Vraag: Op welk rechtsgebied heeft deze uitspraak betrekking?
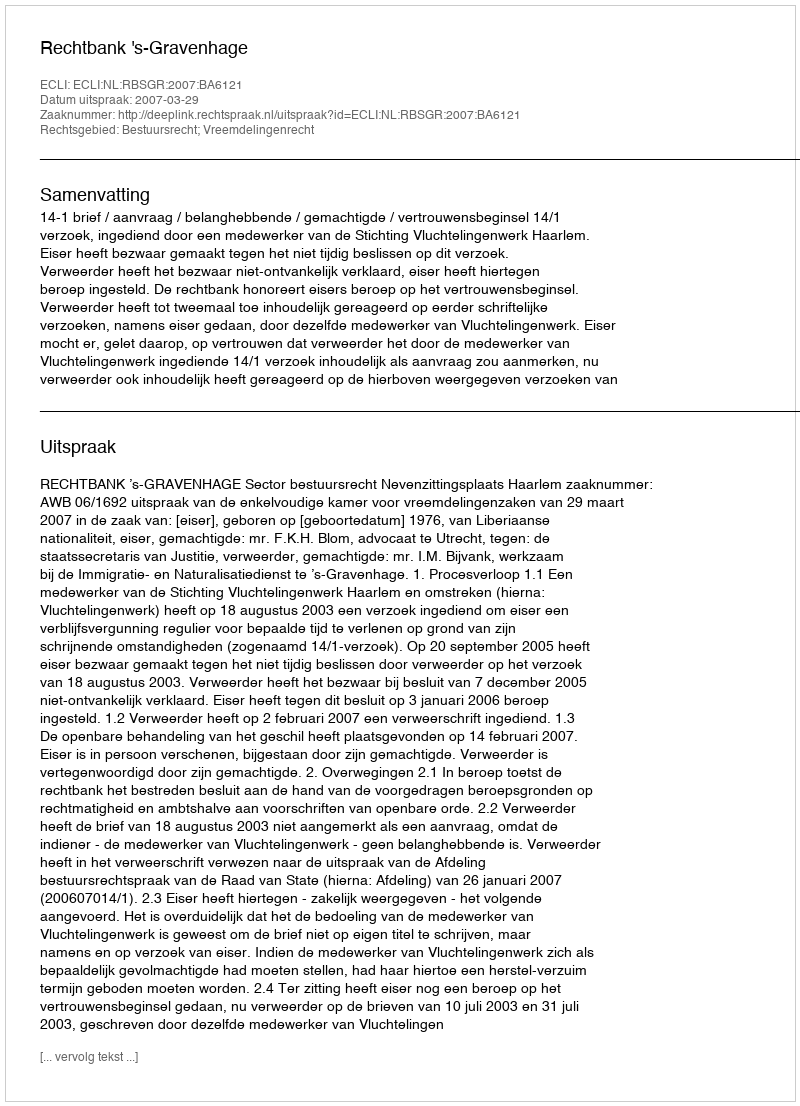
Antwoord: Bestuursrecht; Vreemdelingenrecht